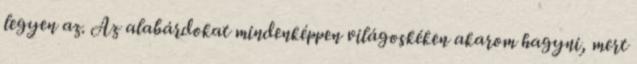
legyen az. Az alabárdokat mindenképpen világoskéken akarom hagyni, mert